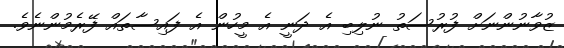
ޒުވާނުންނަށް ފުރުސަތު ނުލިބި އެ ދަނީ އެ މީހުން އެ ފައިސާތައް ފޭރެމުންނެވެ.